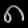
Digit: ၈